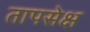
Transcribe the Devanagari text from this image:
तापसेक्ष